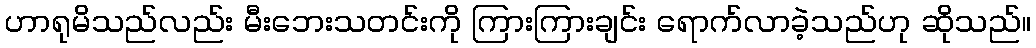
ဟာရုမိသည်လည်း မီးဘေးသတင်းကို ကြားကြားချင်း ရောက်လာခဲ့သည်ဟု ဆိုသည်။